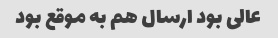
عالی بود ارسال هم به موقع بود